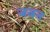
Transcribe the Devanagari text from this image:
जवन